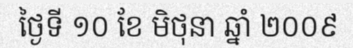
ថ្ងៃទី ១០ ខែ មិថុនា ឆ្នាំ ២០០៩